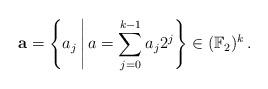
LaTeX: \begin{align*}\mathbf{a}& = \left\{a_j \,\middle|\, a = \sum_{j=0}^{k-1} a_j 2^j \right\} \in (\mathbb{F}_2)^k\,.\end{align*}